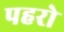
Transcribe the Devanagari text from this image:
पहरो